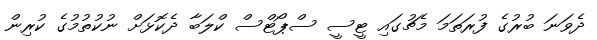
ދެވަނަ ބުރުގެ ފުރަތަމަ މެޗުގައި ޓީސީ ސްޕޯޓްސް ކްލަބާ ދެކޮޅަށް ނުކުތުމުގެ ކުރިން